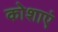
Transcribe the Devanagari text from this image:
कोशाएं